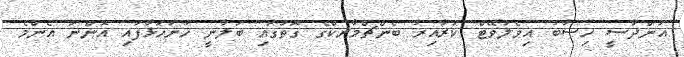
އަންދާސީ ހިސާބު އިވެލުވޭޓް ކުރާއިރު ބެންޗްމާރކްގެ ގޮތުގައި ބަލާނީ ހުށަހަޅާފައި އޮންނަ އެންމެ